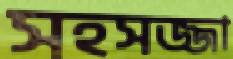
সহসজ্জা